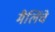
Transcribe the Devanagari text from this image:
मैलिंचे